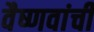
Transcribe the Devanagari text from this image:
वैष्णवांची